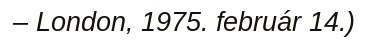
– London, 1975. február 14.)